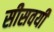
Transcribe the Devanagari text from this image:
सीसवयी